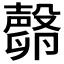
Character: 𣫘